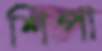
শিপা